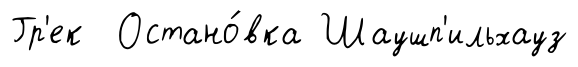
Гр'ек Остано́вка Шаушп'ильхауз